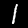
Digit: 1